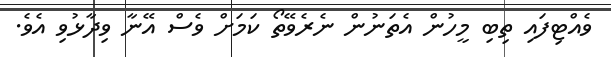
ވެއްޓިފައި ތިބި މީހުން އެތަނުން ނެރެވޭތޯ ކަަމަށް ވެސް އޭނާ ވިދާޅުވި އެވެ.